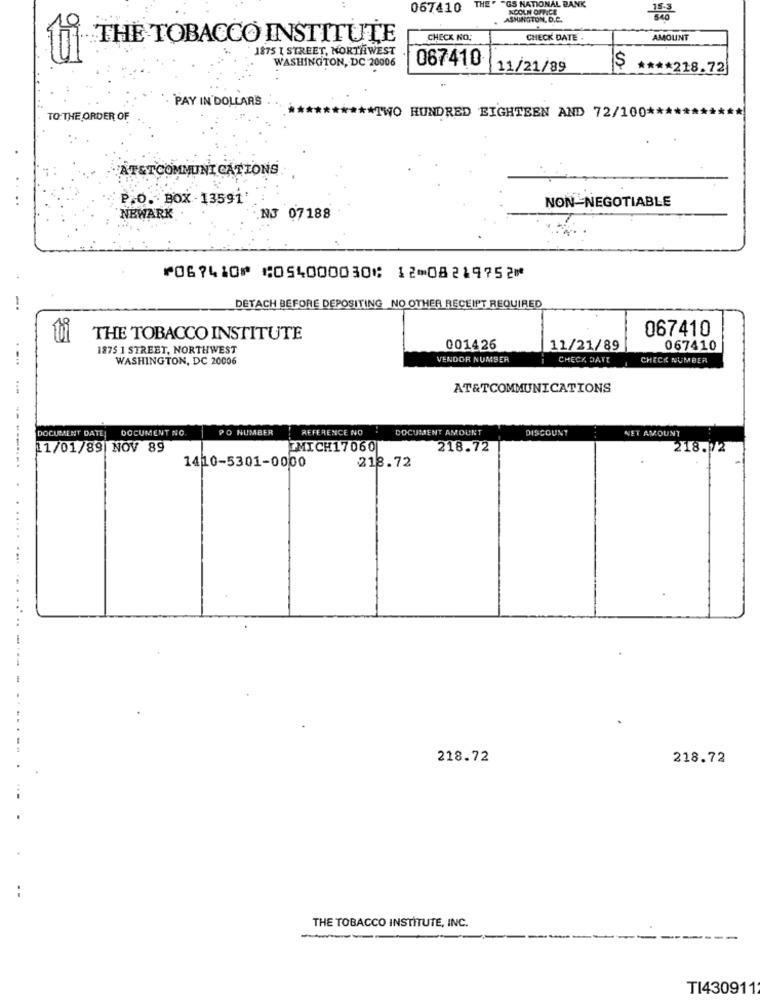
THE " "GS NATIONAL BANK
067410
KOOLN OFFICE
ASHINGTON, D.C.
THE TOBACCO INSTITUTE
CHECK NO:
CHECK DATE
AMOUNT
1875 I STREET, NORTHWEST
WASHINGTON, DC 20006
067410
11/21/89
$
**** 218.72
PAY IN DOLLARS
TO: THE ORDER OF
TWO HUNDRED EIGHTEEN AND 72/100 ***
AT&TCOMMUNICATIONS
P.O. BOX - 13591'
NON-NEGOTIABLE
NEWARK
N3 07188
⑈067410⑈ ⑆054000030⑆ 12⑉08219752⑈
-.
DETACH BEFORE DEPOSITING NO OTHER RECEIPT REQUIRED
067410
THE TOBACCO INSTITUTE
1875 1 STREET, NORTHWEST
001426
11/21/89
067410
WASHINGTON, DC 20006
VENDOR NUMBER
CHECK DATE
CHECK NUMBER
AT&TCOMMUNICATIONS
DOCUMENT DATE]
DOCUMENT NO
PO NUMBER
REFERENCE NO :
DOCUMENT AMOUNT
DISCOUNT
NET AMOUNT
11/01/89 NOV 89
MICH17060
218.72
218
--------.
1410-5301-0000
218.72
218.72
218.72
THE TOBACCO INSTITUTE, INC.
TI430911